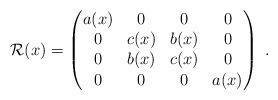
LaTeX: \begin{align*}\mathcal{R}(x) = \left( \begin{matrix}a(x) & 0 & 0 & 0 \\0 & c(x) & b(x) & 0 \\0 & b(x) & c(x) & 0 \\0 & 0 & 0 & a(x) \end{matrix} \right) \; .\end{align*}